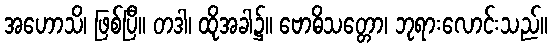
အဟောသိ၊ ဖြစ်ပြီ။ တဒါ၊ ထိုအခါ၌။ ဗောဓိသတ္တော၊ ဘုရားလောင်းသည်။